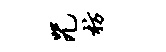
咒枋